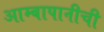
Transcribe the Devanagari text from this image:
आम्बापानीची